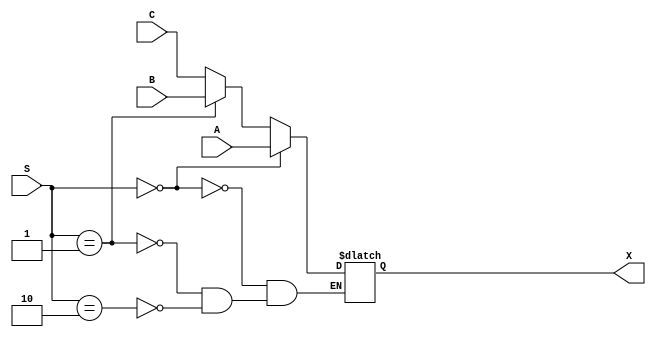
module mux_3x1_64bit (
    input [1:0] S,
    input [63:0] A, B, C,
    output reg [63:0] X
);

always @ (*) 
    begin
        if (S == 2'b00)
            X <= A;
        else if (S == 2'b01)
            X <= B;
        else if (S == 2'b10)
            X <= C;
    end
endmodule